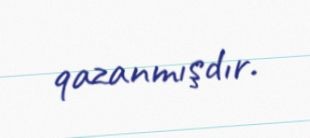
qazanmışdır.